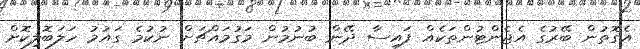
އެގޮތުން ބޭރުގެ އެޖެންޓުންތަކެއް ފައިސާ ދޭން ބުނުމުން މަގުމައްޗަށް ނުކުމެ ގައުމު ހަލަބޮލިކޮށް